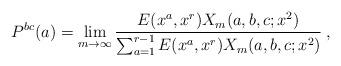
LaTeX: \begin{align*}P^{bc}(a) = \lim_{m\to\infty} \frac{E(x^a,x^r) X_m(a,b,c;x^2)}{\sum_{a=1}^{r-1} E(x^a,x^r) X_m(a,b,c;x^2)} \: ,\end{align*}